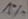
Text: 1%